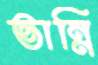
ভান্নি